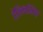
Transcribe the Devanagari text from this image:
हेल्ल्निस्तिक्